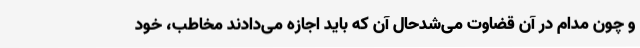
و چون مدام در آن قضاوت می‌شدحال آن که باید اجازه می‌دادند مخاطب، خود